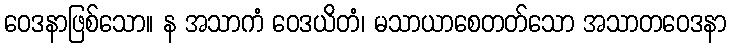
ဝေဒနာဖြစ်သော။ န အသာကံ ဝေဒယိတံ၊ မသာယာစေတတ်သော အသာတဝေဒနာ